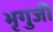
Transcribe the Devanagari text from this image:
भृगुजी